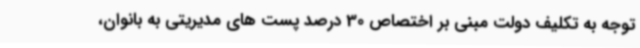
توجه به تکلیف دولت مبنی بر اختصاص 30 درصد پست های مدیریتی به بانوان،